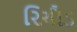
રિચૌડ